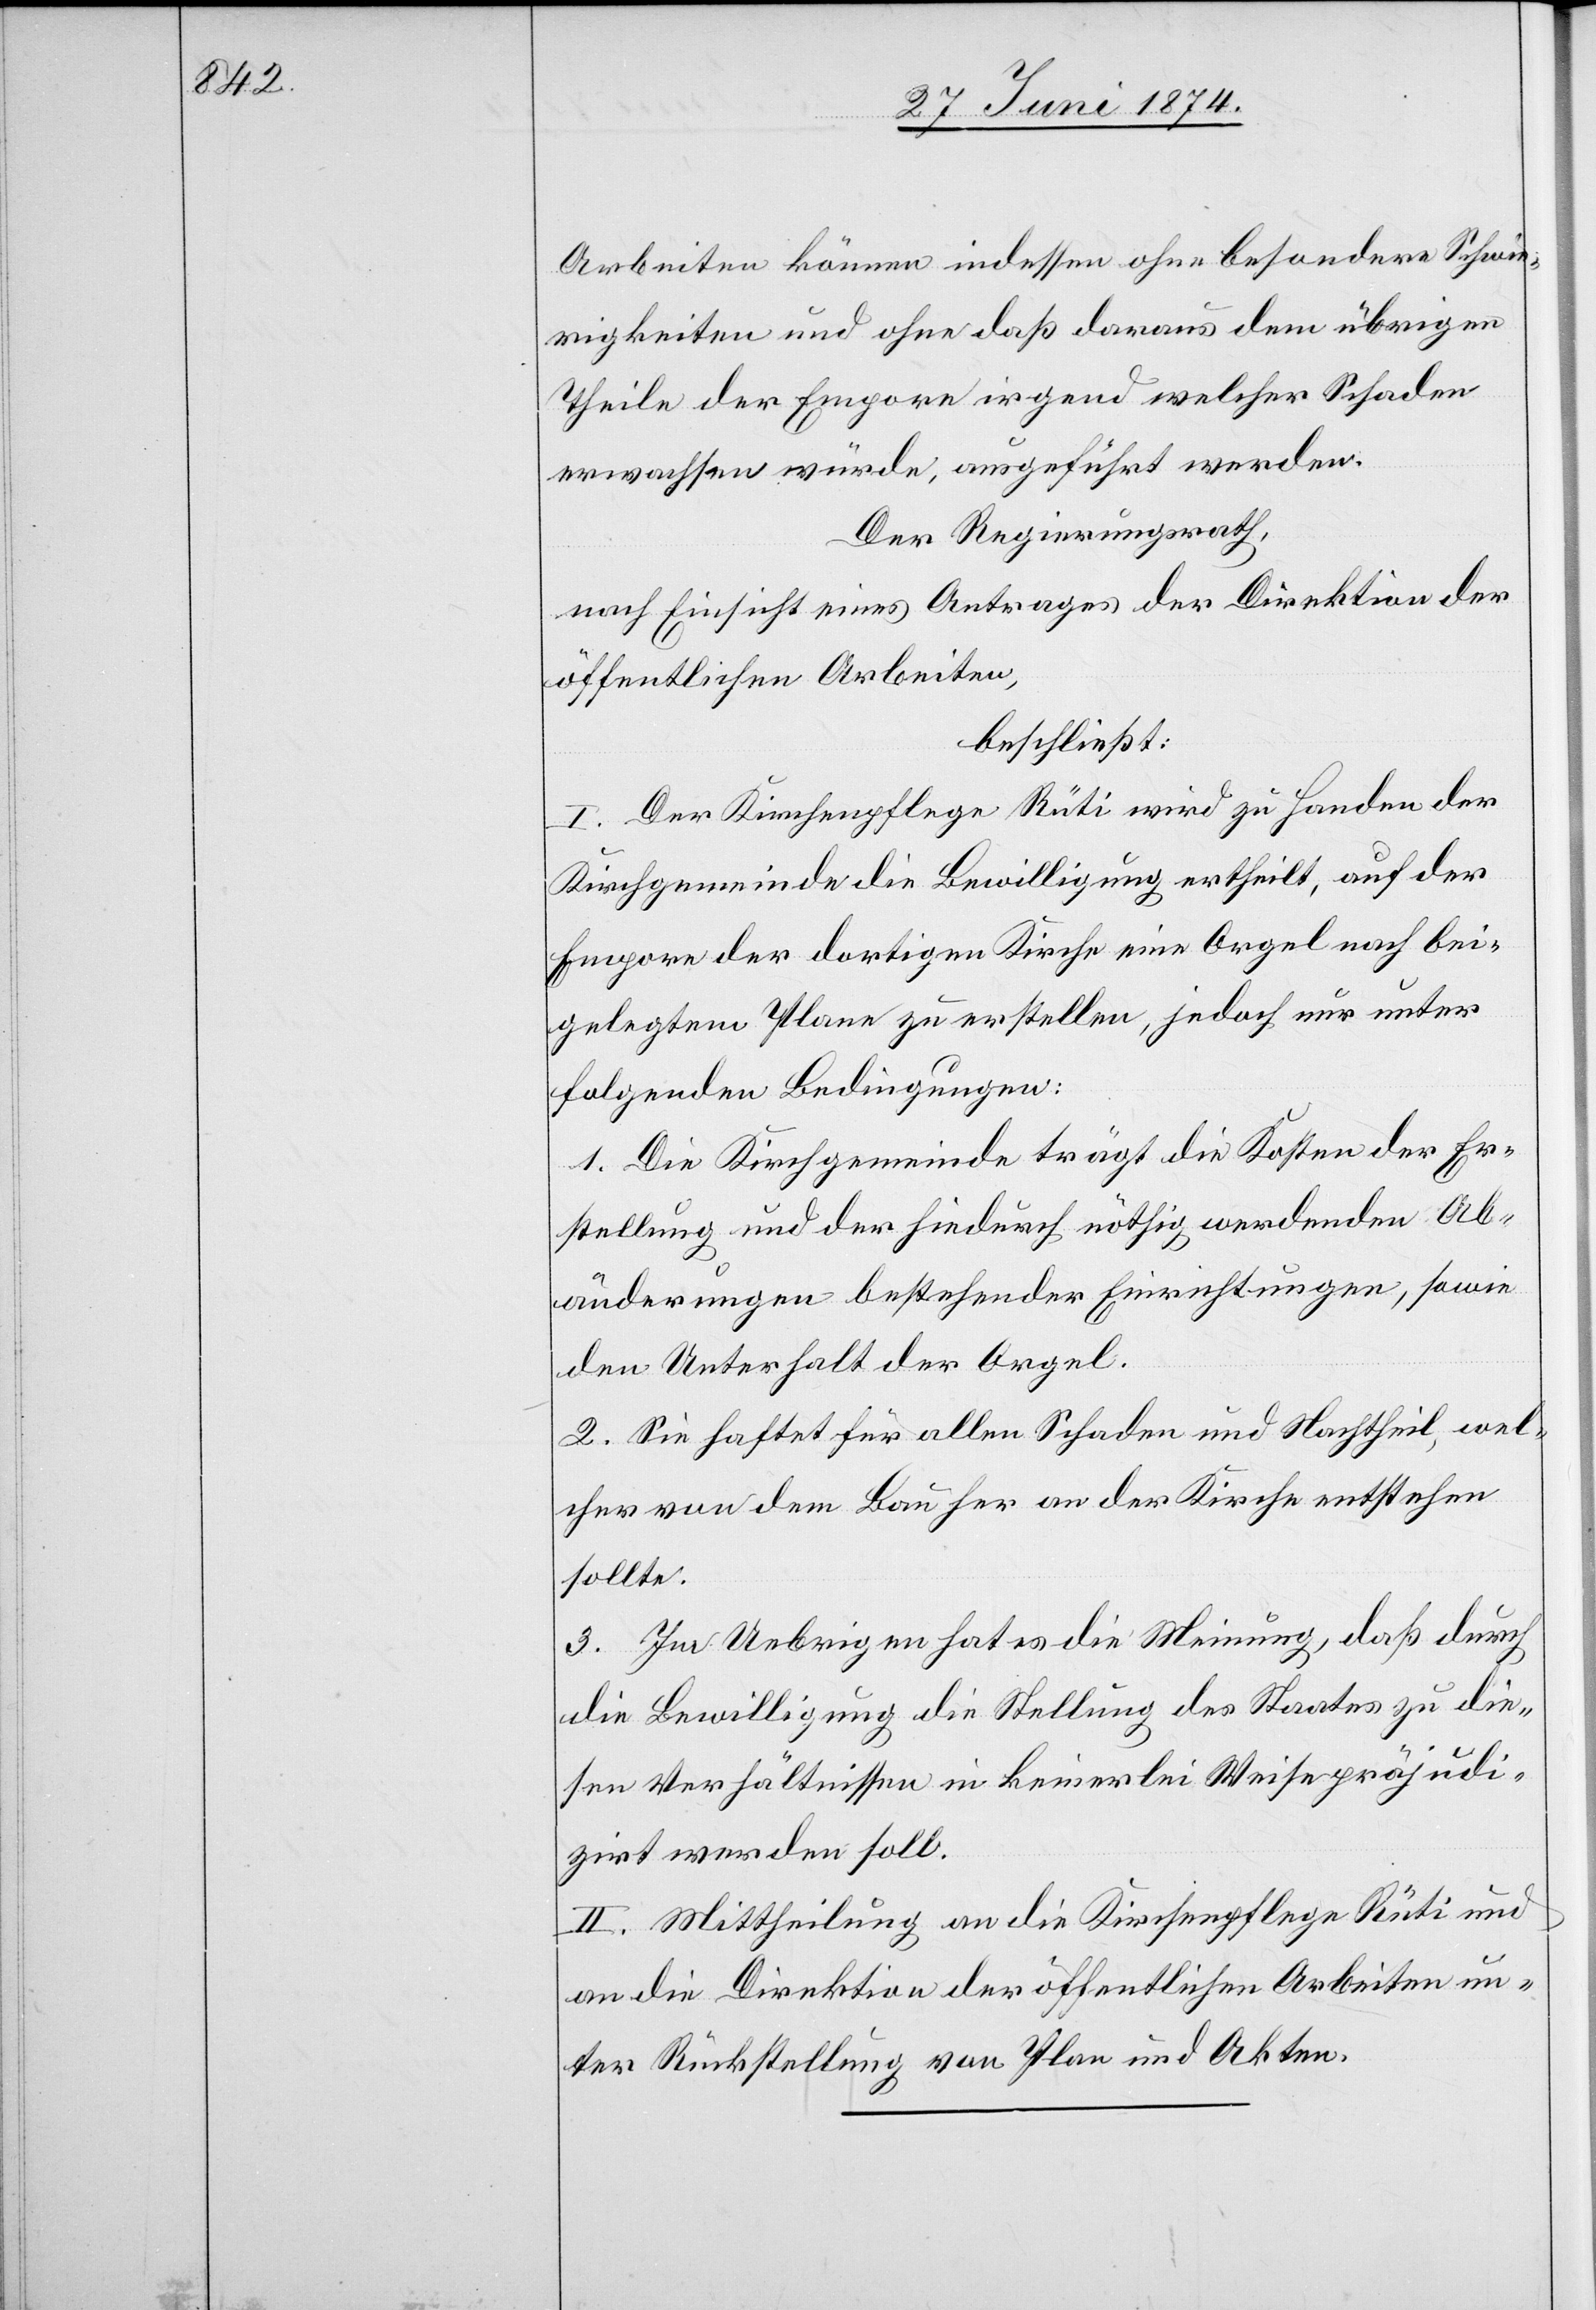
Arbeiten können indessen ohne besondere Schwie¬
rigkeiten und ohne daß daraus dem übrigen
Theile der Empore irgend welcher Schaden
erwachsen würde, ausgeführt werden.
Der Regierungsrath,
nach Einsicht eines Antrages der Direktion der
öffentlichen Arbeiten,
beschließt:
I. Der Kirchenpflege Rüti wird zu Handen der
Kirchgemeinde die Bewilligung ertheilt, auf der
Empore der dortigen Kirche eine Orgel nach bei¬
gelegtem Plane zu erstellen, jedoch nur unter
folgenden Bedingungen:
1. Die Kirchgemeinde trägt die Kosten der Er¬
stellung und der hiedurch nöthig werdenden Ab¬
änderungen bestehender Einrichtungen, sowie
den Unterhalt der Orgel.
2. Sie haftet für allen Schaden und Nachtheil, wel¬
cher von dem Bau her an der Kirche entstehen
sollte.
3. Im Uebrigen hat es die Meinung, daß durch
die Bewilligung die Stellung des Staates zu die¬
sen Verhältnissen in keinerlei Weise präjudi¬
zirt werden soll.
II. Mittheilung an die Kirchenpflege Rüti und
an die Direktion der öffentlichen Arbeiten un¬
ter Rückstellung von Plan und Akten.